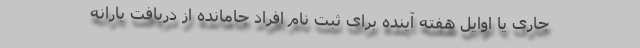
جاری یا اوایل هفته آینده برای ثبت نام افراد جامانده از دریافت یارانه